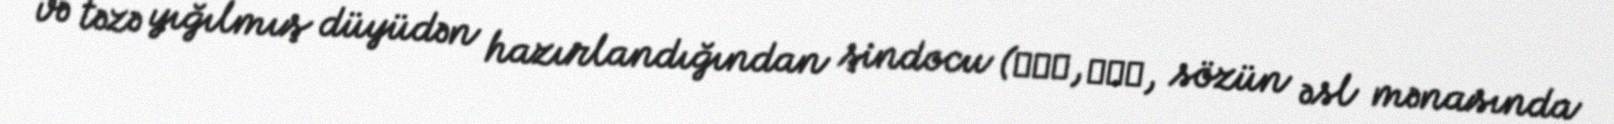
və təzə yığılmış düyüdən hazırlandığından şindocu (신도주, 新稻酒, sözün əsl mənasında